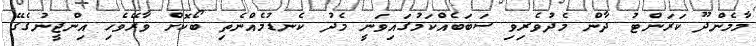
މާމެންދޫ ކަރަންޓު ދާން މެދުވެރިވި ސަބަބެއްކަމުގައިވަނީ މެދު ކެނޑުމެއްނެތި ބޯކޮށް ވާރޭވެހި އިންޖީނުގެގޭ